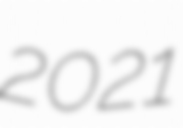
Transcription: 2021